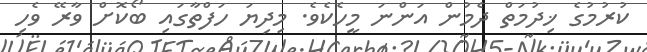
ކުރުމުގެ ޚިދުމަތް ދެމުން އަންނަ މީހެކެވެ. މިދިޔަ ހަފްތާގައި ބޯކޮށް ވާރޭ ވެހި